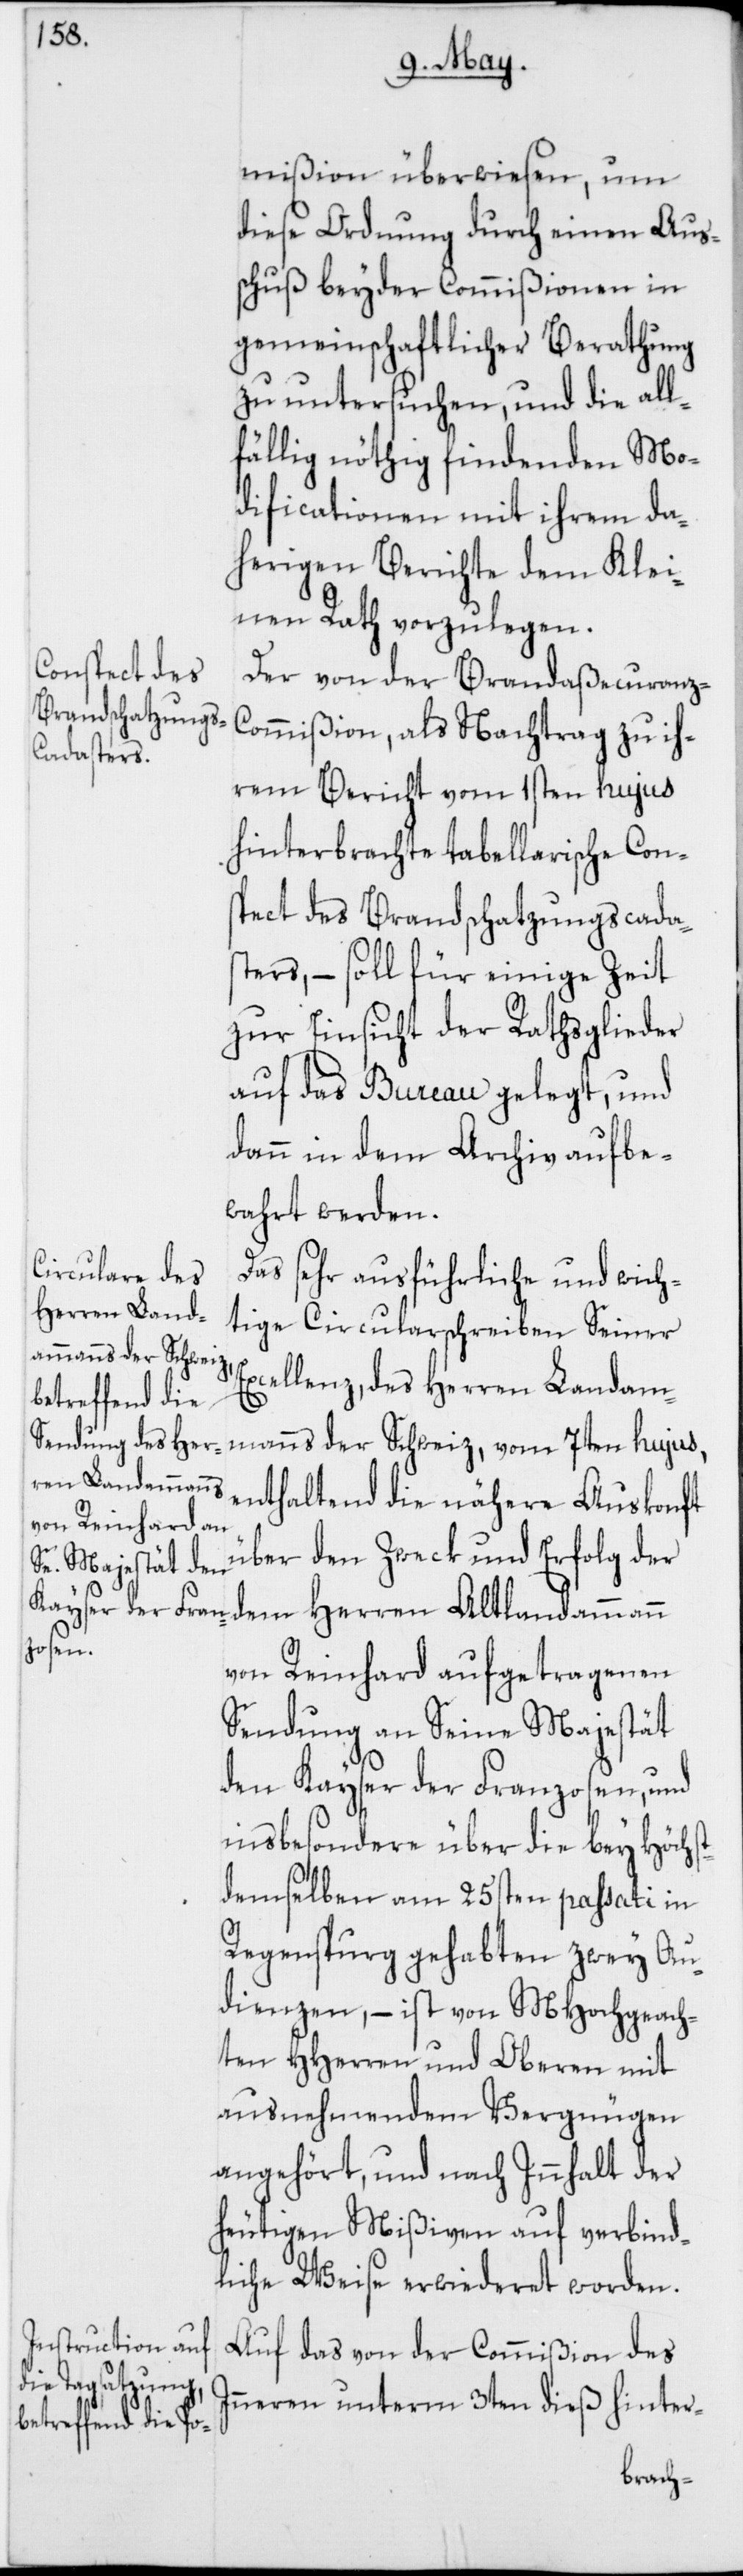
mißion überwiesen, um
diese Ordnung durch einen Aus¬
schuß beyder Commißionen in
gemeinschaftlicher Berathung
zu untersuchen, und die all¬
fällig nöthig findenden Mo¬
dificationen mit ihrem da¬
herigen Berichte dem Klei¬
nen Rath vorzulegen.
Der von der Brandaßecuranz-C¬
ommißion, als Nachtrag zu ih¬
rem Bericht vom 1sten hujus
hinterbrachte tabellarische Cons¬
pect des Brandschatzungscadas¬
ters, – soll für einige Zeit
zur Einsicht der Rathsglieder
auf das Bureau gelegt, und
dann in dem Archiv aufbe¬
wahrt werden.
Das sehr ausführliche und wich¬
tige Circularschreiben Seiner
manns der Schweiz,
Excellenz, des Herren Landam¬
enthaltend die nähere Auskonft
über den Zweck und Erfolg der
dem Herren Altlandammann
von Reinhard aufgetragenen
Sendung an Seine Majestät
den Kayser der Franzosen, und
insbesondere über die bey Höchst¬
demselben am 25sten passati in
Regenspurg gehabten zwey Au¬
dienzen, – ist von MHochgeach¬
ten HHerren und Oberen mit
ausnehmendem Vergnügen
angehört, und nach Innhalt der
heutigen Mißiven auf verbind¬
liche Weise erwiederet worden.
Auf das von der Commißion des
Inneren unterm 3ten dieß hinter-